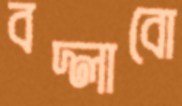
বদ্‌লাবো